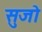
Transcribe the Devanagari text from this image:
सुजो